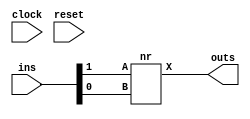
// 2 ins 1 outs
module nut_004_m149 (clock,reset,ins,outs);
input clock,reset;
input [1:0] ins;
output [0:0] outs;
nr nr_inst (
  .B(ins[0]),
  .A(ins[1]),
  .X(outs[0])
);
endmodule

module nr (
   A,
   B,
   X   
);
   input A, B;
   output X;
      wire X = ~(A || B);
endmodule